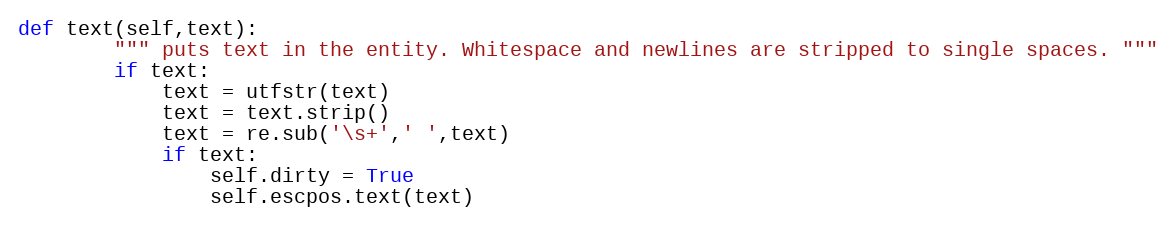
Language: Python
def text(self,text):
        """ puts text in the entity. Whitespace and newlines are stripped to single spaces. """
        if text:
            text = utfstr(text)
            text = text.strip()
            text = re.sub('\s+',' ',text)
            if text:
                self.dirty = True
                self.escpos.text(text)